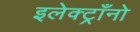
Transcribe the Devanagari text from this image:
इलेक्ट्राँनो